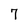
Character: 7